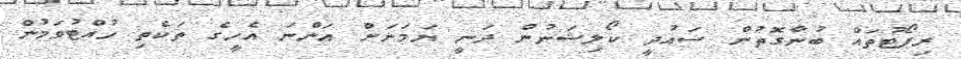
ރިޕޯޓުތައް ބުނާގޮތުން ސައުދީ ކޯލިޝަނުން ދަނީ ޔަމަަނަށް އަންނަ އެހީގެ ތަކެތި ހުއްޓުވަމުން